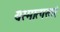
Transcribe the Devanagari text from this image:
यस्मात्परतरं